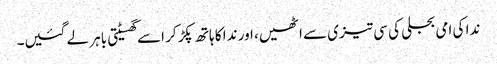
ندا کی امی بجلی کی سی تیزی سے اٹھیں، اور ندا کا ہاتھ پکڑ کر اسے گھسیٹتی باہر لے گئیں۔